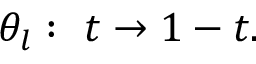
\theta _ { l } : \ t \rightarrow 1 - t .